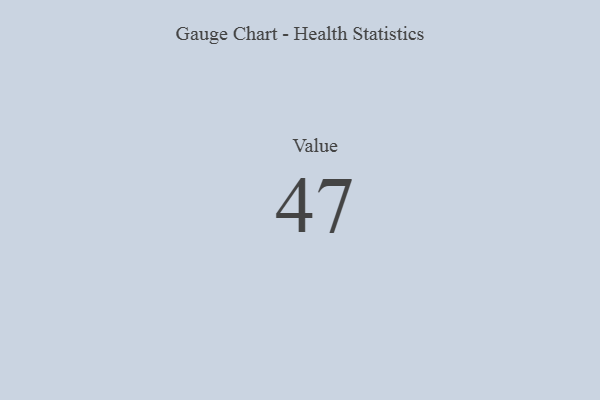
{"axis": {"x": "Metric", "y": "Value"}, "legend": [""], "data": [{"x": "Value", "y": 47, "type": ""}]}